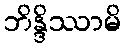
ဘိန္ဒိဿာမိ